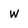
Character: W